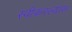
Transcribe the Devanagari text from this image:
स्वीकरल्यास